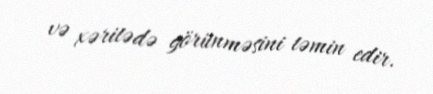
və xəritədə görünməsini təmin edir.